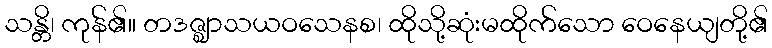
သန္တိ၊ ကုန်၏။ တဒဇ္ဈာသယဝသေနစ၊ ထိုသို့ဆုံးမထိုက်သော ဝေနေယျတို့၏